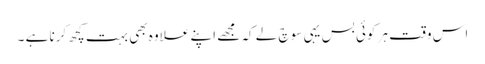
اس وقت ہر کوئی بس یہی سوچ لے کہ مجھے اپنے علاوہ بھی بہت کچھ کرنا ہے ۔